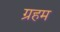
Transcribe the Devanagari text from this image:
ग्रहम